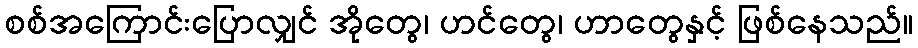
စစ်အကြောင်းပြောလျှင် အိုတွေ၊ ဟင်တွေ၊ ဟာတွေနှင့် ဖြစ်နေသည်။